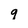
Character: q